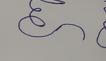
Signature authenticity: forged